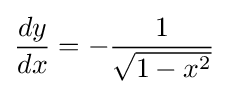
{dy \over dx}=-{\frac {1}{\sqrt {1-x^{2}}}}